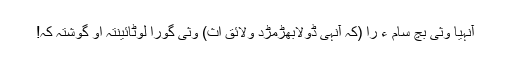
آنہیا وثی بچ سام ءَ را (کہ آنہی ڈولابھڑمڑد ولائق اث) وثی گورا لوٹائینتہ او گوشتہ کہ!